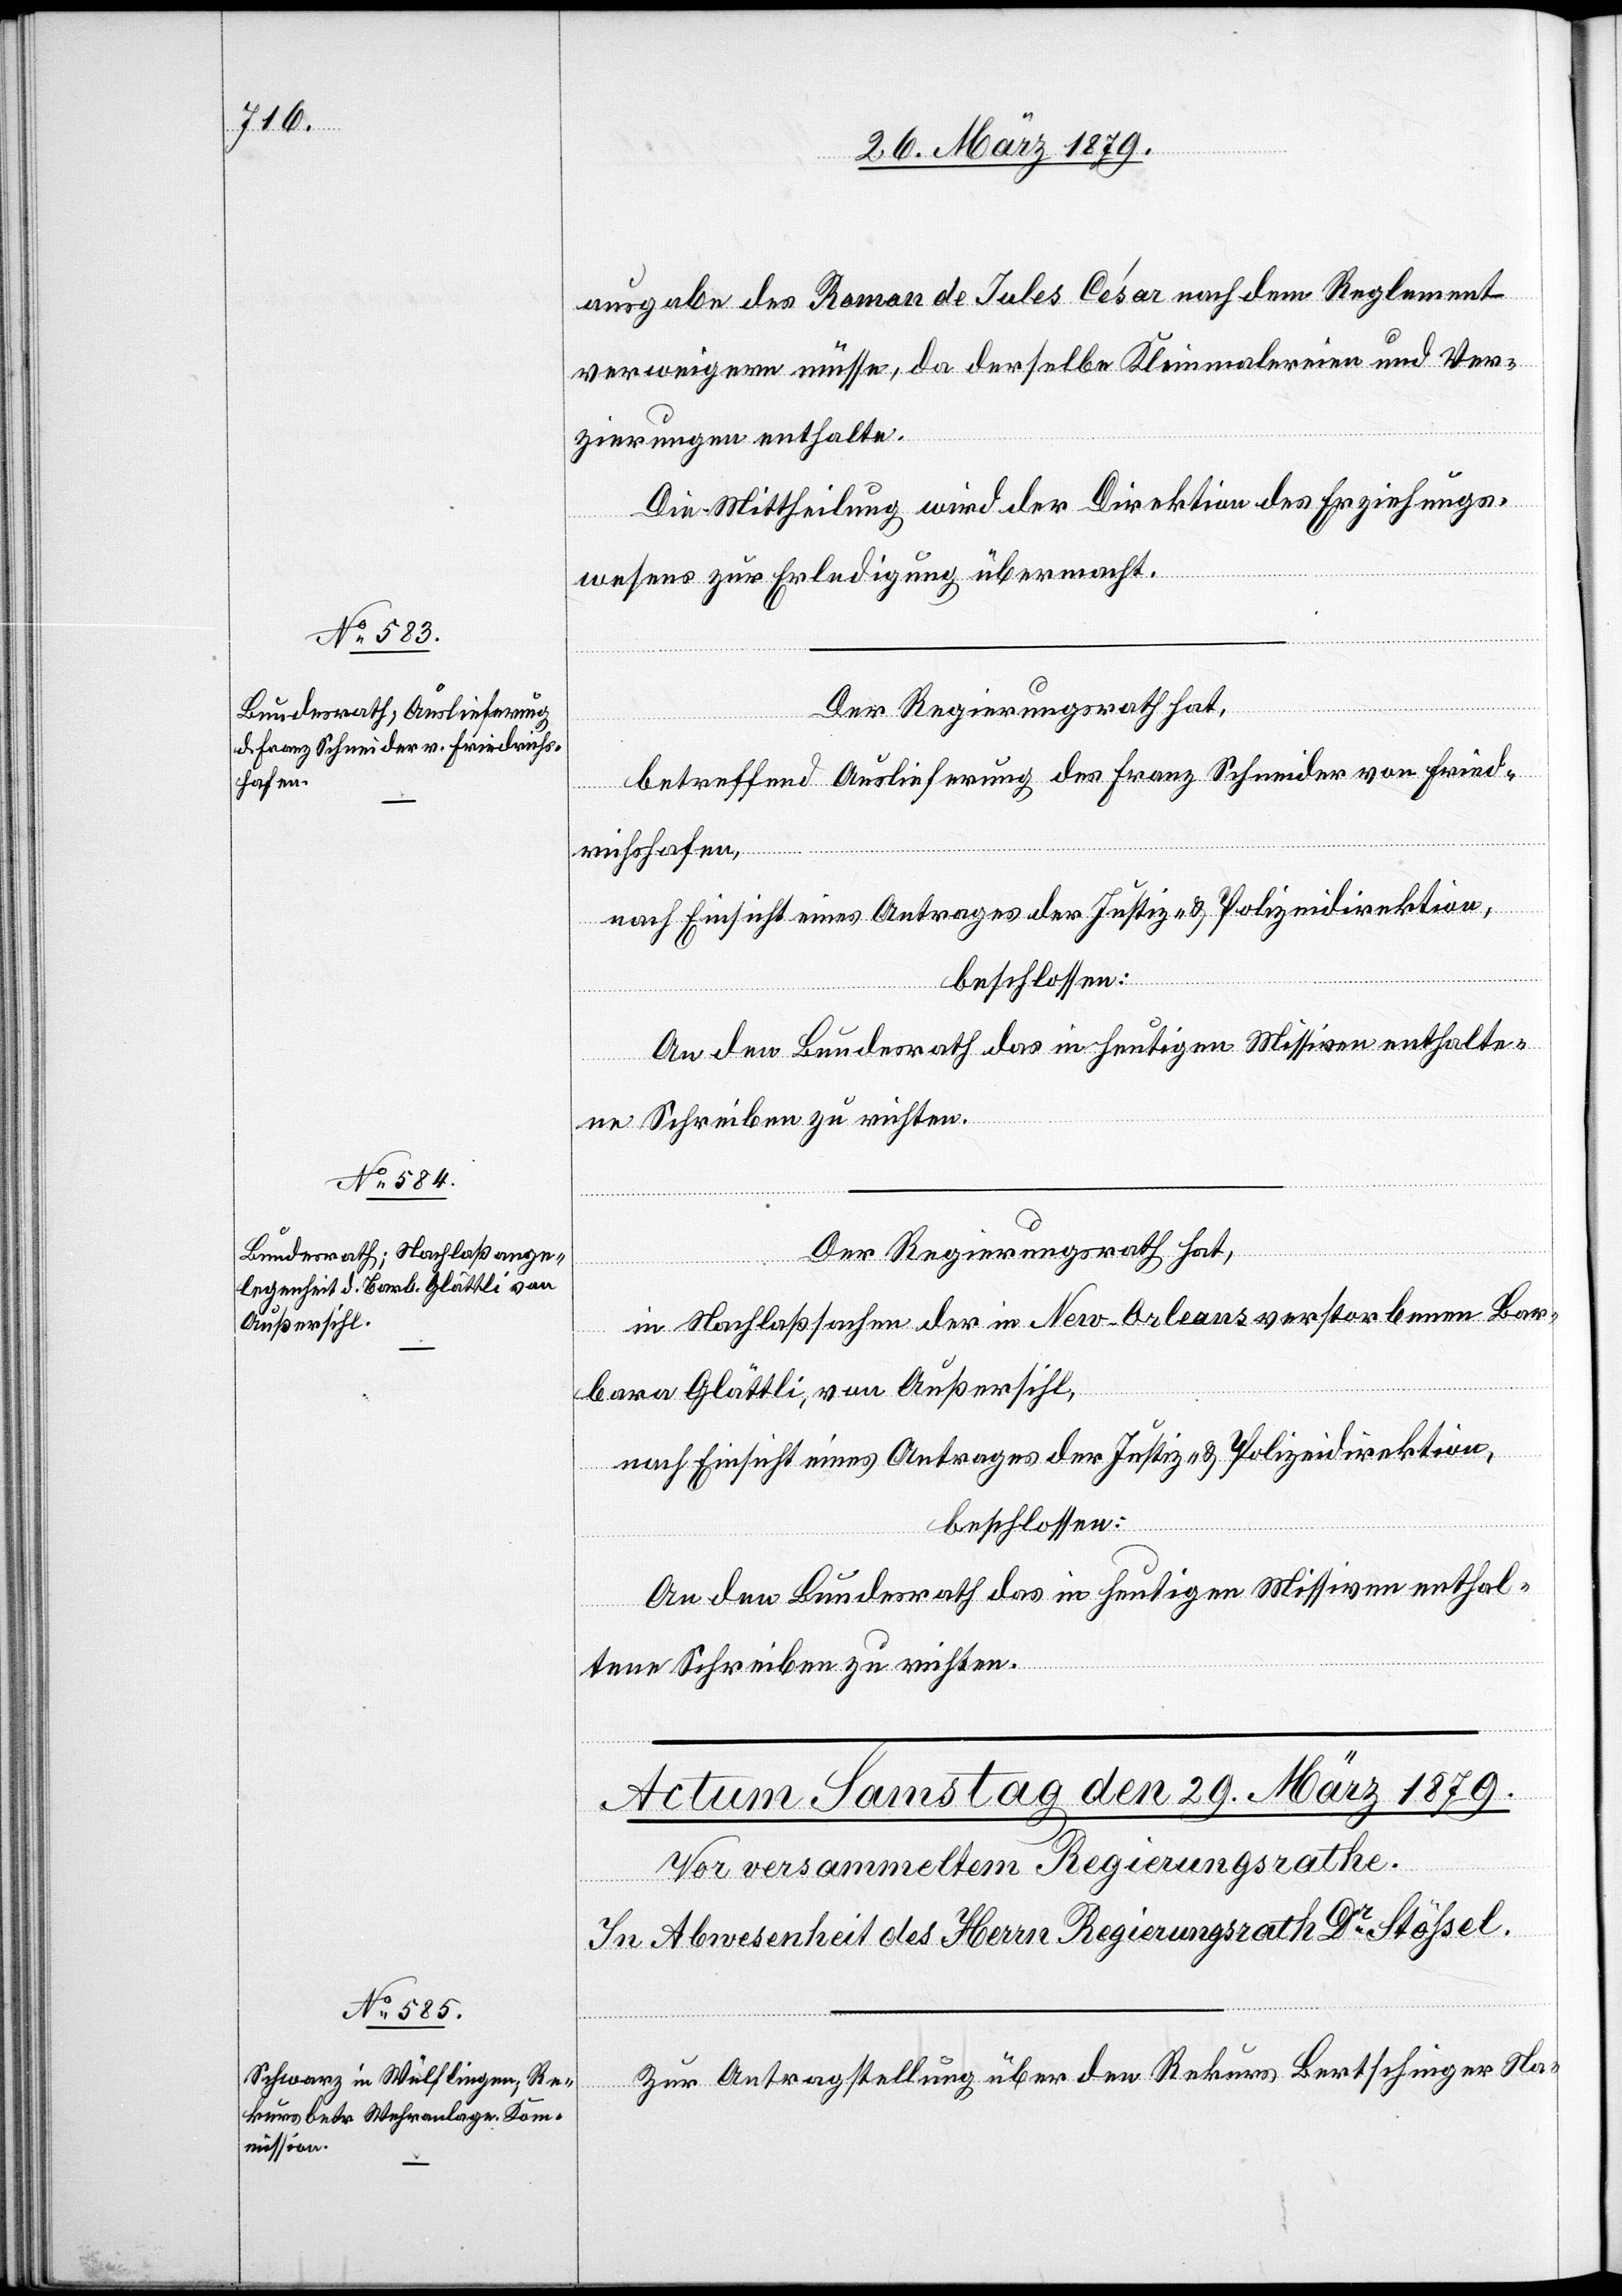
28. März 1879.]
ausgabe des Roman de Jules César nach dem Reglement
verweigern müsse, da derselbe Kleinmalereien und Ver¬
zierungen enthalte.
Die Mittheilung wird der Direktion des Erziehungs¬
wesens zur Erledigung übermacht.
Der Regierungsrath hat,
betreffend Auslieferung des Franz Schneider von Fried¬
richshafen,
nach Einsicht eines Antrages der Justiz- & Polizeidirektion,
beschlossen:
An den Bundesrath das in heutigen Missiven enthalte¬
ne Schreiben zu richten.
Der Regierungsrath hat,
in Nachlaßsachen der in New-Orleans verstorbenen Bar¬
bara Glättli, von Außersihl,
nach Einsicht eines Antrages der Justiz- & Polizeidirektion,
beschlossen:
An den Bundesrath das in heutigen Missiven enthal¬
tene Schreiben zu richten.
Zur Antragstellung über den Rekurs Bertschinger Na-